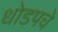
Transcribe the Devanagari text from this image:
धोडपचे